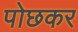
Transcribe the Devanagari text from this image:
पोछकर